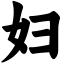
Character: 妇